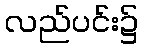
လည်ပင်း၌